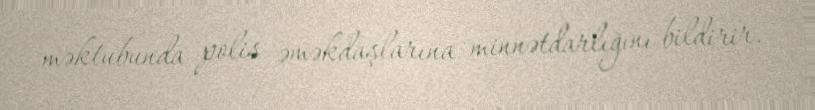
məktubunda polis əməkdaşlarına minnətdarlığını bildirir.